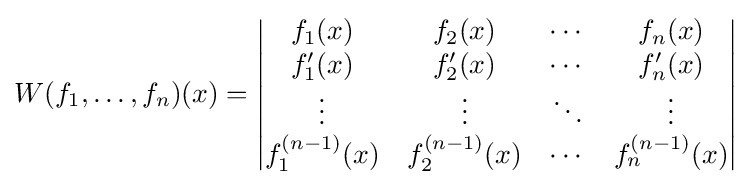
W(f_{1},\ldots ,f_{n})(x)={\begin{vmatrix}f_{1}(x)&f_{2}(x)&\cdots &f_{n}(x)\\f_{1}'(x)&f_{2}'(x)&\cdots &f_{n}'(x)\\\vdots &\vdots &\ddots &\vdots \\f_{1}^{(n-1)}(x)&f_{2}^{(n-1)}(x)&\cdots &f_{n}^{(n-1)}(x)\end{vmatrix}}